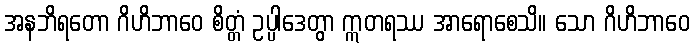
အနဘိရတော ဂိဟိဘာဝေ စိတ္တံ ဥပ္ပါဒေတွာ ဣတရဿ အာရောစေသိ။ သော ဂိဟိဘာဝေ